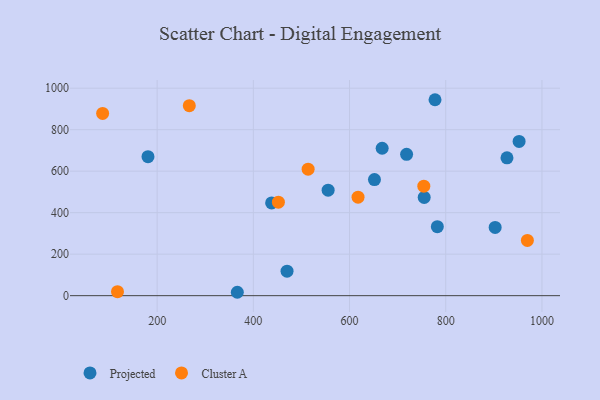
{"axis": {"x": "Engine Size", "y": "Demand"}, "legend": ["Cluster A", "Projected"], "data": [{"x": "366.7", "y": 16.3, "type": "Projected"}, {"x": "555.5", "y": 508.3, "type": "Projected"}, {"x": "651.8", "y": 559.6, "type": "Projected"}, {"x": "952.5", "y": 743.5, "type": "Projected"}, {"x": "902.7", "y": 328.7, "type": "Projected"}, {"x": "470.1", "y": 118.1, "type": "Projected"}, {"x": "782.5", "y": 332.3, "type": "Projected"}, {"x": "927.3", "y": 664.3, "type": "Projected"}, {"x": "777.7", "y": 944.4, "type": "Projected"}, {"x": "438.0", "y": 447.0, "type": "Projected"}, {"x": "718.6", "y": 681.1, "type": "Projected"}, {"x": "755.2", "y": 473.5, "type": "Projected"}, {"x": "667.8", "y": 710.4, "type": "Projected"}, {"x": "181.0", "y": 669.9, "type": "Projected"}, {"x": "754.4", "y": 527.8, "type": "Cluster A"}, {"x": "617.7", "y": 474.9, "type": "Cluster A"}, {"x": "86.7", "y": 878.4, "type": "Cluster A"}, {"x": "452.1", "y": 450.5, "type": "Cluster A"}, {"x": "513.9", "y": 609.7, "type": "Cluster A"}, {"x": "969.7", "y": 266.0, "type": "Cluster A"}, {"x": "266.9", "y": 915.6, "type": "Cluster A"}, {"x": "117.6", "y": 19.4, "type": "Cluster A"}]}